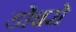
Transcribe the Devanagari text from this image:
डोबरो